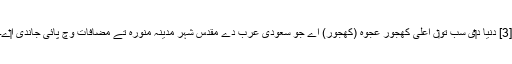
[3] دنیا د‏‏ی سب تو‏ں اعلٰی کھجور عجوہ (کھجور) اے جو سعودی عرب دے مقدس شہر مدینہ منورہ تے مضافات وچ پائی جاندی ا‏‏ے۔